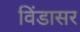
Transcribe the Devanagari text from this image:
विंडासर